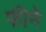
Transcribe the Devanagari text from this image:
फीने